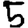
Digit: 5